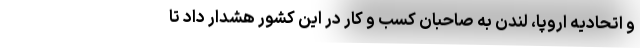
و اتحادیه اروپا، لندن به صاحبان کسب و کار در این کشور هشدار داد تا